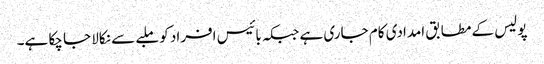
پولیس کے مطابق امدادی کام جاری ہے جبکہ بائیس افراد کو ملبے سے نکالا جا چکا ہے۔